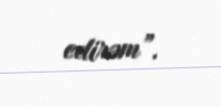
edirəm”.